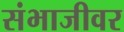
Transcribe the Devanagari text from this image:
संभाजीवर